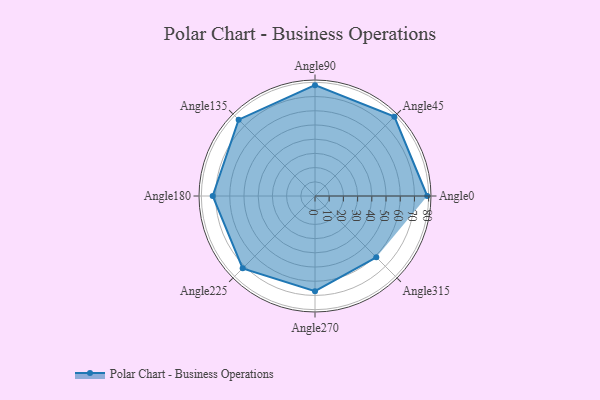
{"axis": {"x": "Angle", "y": "Radius"}, "legend": [""], "data": [{"x": "Angle0", "y": 79.0, "type": ""}, {"x": "Angle45", "y": 79.0, "type": ""}, {"x": "Angle90", "y": 78.0, "type": ""}, {"x": "Angle135", "y": 76.0, "type": ""}, {"x": "Angle180", "y": 72.0, "type": ""}, {"x": "Angle225", "y": 72.0, "type": ""}, {"x": "Angle270", "y": 67.0, "type": ""}, {"x": "Angle315", "y": 61.0, "type": ""}]}